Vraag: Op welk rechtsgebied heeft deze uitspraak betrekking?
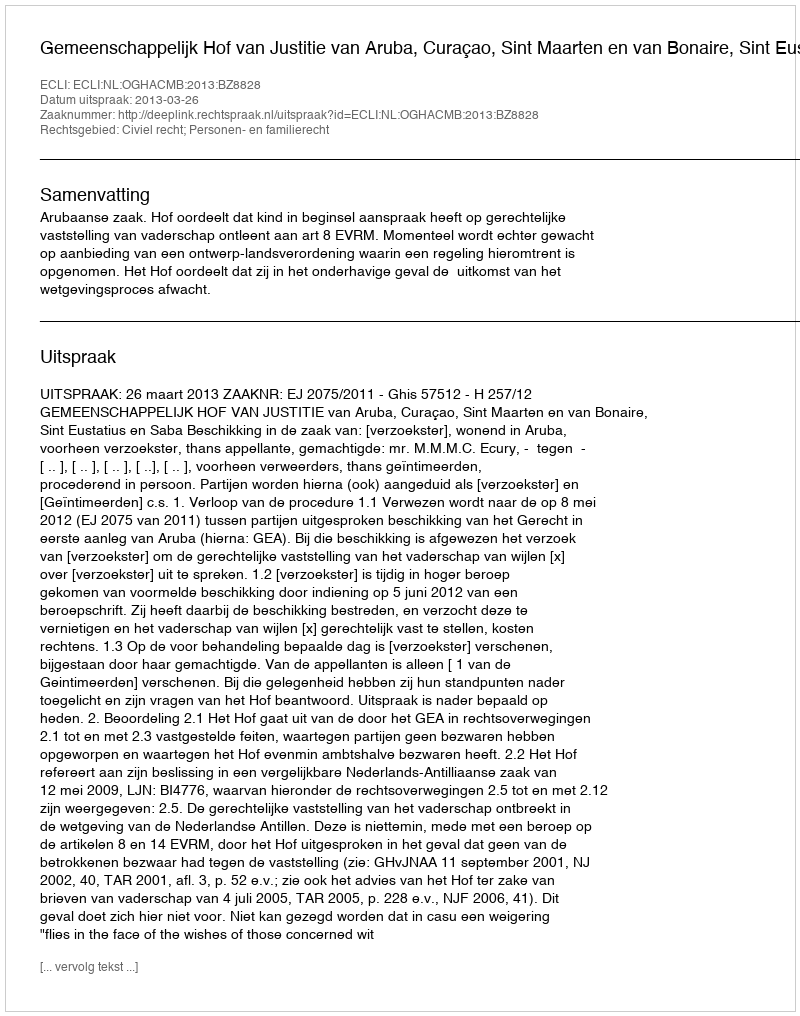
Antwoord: Civiel recht; Personen- en familierecht